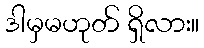
ဒါမှမဟုတ် ရှိလား။